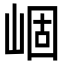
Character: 崓